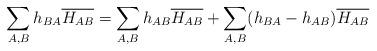
LaTeX: \begin{align*} \sum_{A ,B } h_{B A } \overline{H_{ A B }}&= \sum_{A ,B } h_{A B } \overline{H_{ A B }}+ \sum_{A ,B }(h_{B A }- h_{A B }) \overline{H_{ A B }} \end{align*}